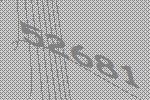
52681